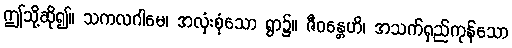
ဤသို့ဆို၍။ သကလဂါမေ၊ အလုံးစုံသော ရွာ၌။ ဇီဝန္တေဟိ၊ အသက်ရှည်ကုန်သော